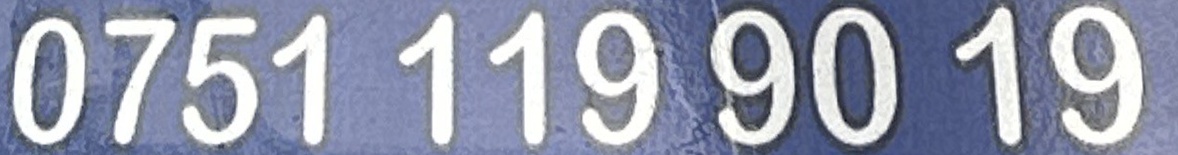
0751 119 90 19